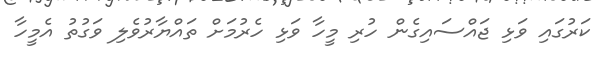
ކަރުގައި ވަޅި ޖައްސައިގެން ހުރި މީހާ ވަޅި ހެރުމަށް ތައްޔާރުވެލި ވަގުތު އެމީހާ